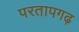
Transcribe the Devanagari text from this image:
परतापगढ़